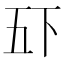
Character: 𫡲